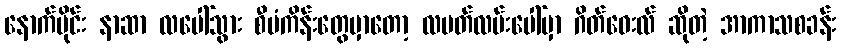
နောက်ပိုင်း နာဆာ လပေါ်သွား စီမံကိန်းတွေမှာတော့ လပတ်လမ်းပေါ်မှာ ဂိတ်ဝေးလ် ဆိုတဲ့ အာကာသစခန်း